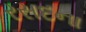
રસદના